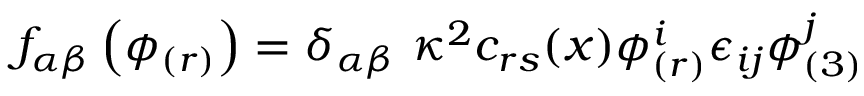
f _ { \alpha \beta } \left( \phi _ { ( r ) } \right) = \delta _ { \alpha \beta } ~ \kappa ^ { 2 } c _ { r s } ( x ) \phi _ { ( r ) } ^ { i } \epsilon _ { i j } \phi _ { ( 3 ) } ^ { j }